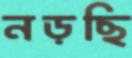
নড়ছি